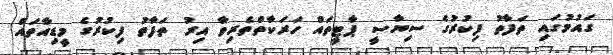
ގައުމުގައި ތަފާތު ފިކުރުގެ ސިޔާސީ ޕާޓީތައް ހަރަކާތްތެރިވާ އިރު ތަފާތު ފިކުރުގެ މީޑިއާތައް